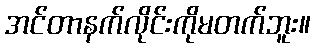
အင်တာနက်လိုင်းကိုမတက်ဘူး။